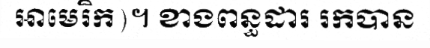
អាមេរិក)។ ខាងពន្ធដារ រកបាន